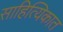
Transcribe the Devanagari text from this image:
साहित्यिकात